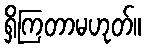
ရှိကြတာမဟုတ်။